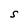
Character: S